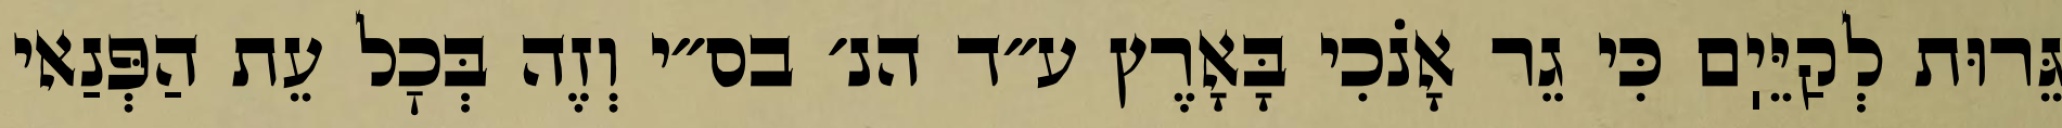
גֵּרוּת לְקַיֵּיֽם כִּי גֵר אָנֹכִי בָּאָרֶץ ע״ד הנ׳ בס״י וְזֶה בְּכׇל עֵת הַפְּנַאי